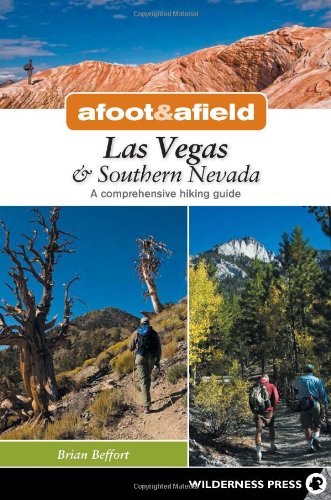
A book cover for Afoot and Afield: Las Vegas and Southern Nevada: A Comprehensive Hiking Guide; Brian Beffort; Science & Math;